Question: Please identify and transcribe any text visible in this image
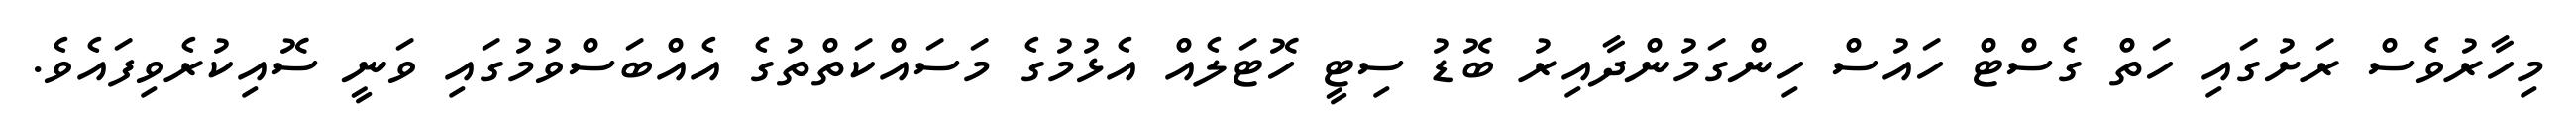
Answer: މިހާރުވެސް ރަށުގައި ހަތް ގެސްޓް ހައުސް ހިންގަމުންދާއިރު ބޮޑު ސިޓީ ހޮޓަލެއް އެޅުމުގެ މަސައްކަތްތުގެ އެއްބަސްވުމުގައި ވަނީ ސޮއިކުރެވިފައެވެ.